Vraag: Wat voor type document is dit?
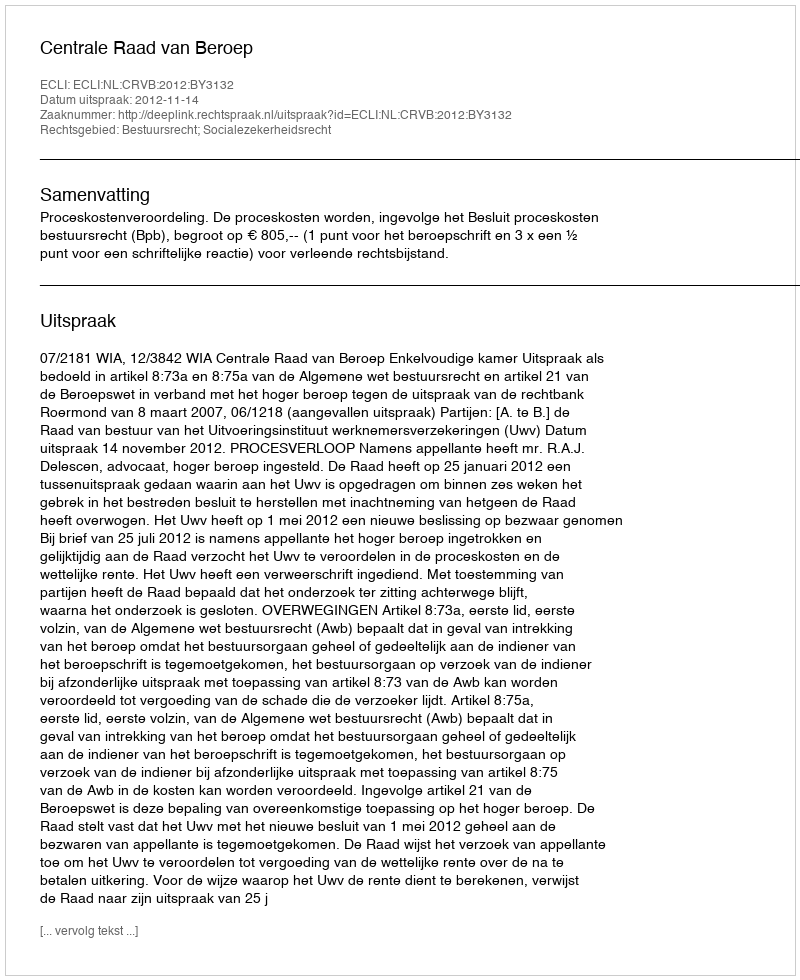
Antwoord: Uitspraak